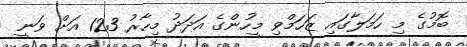
ބޮމުގެ މި ހަމަލާގައި ޒަހަމްވި މީހުންގެ އަދަދު މިހާރު 123 އަށް ވަނީ